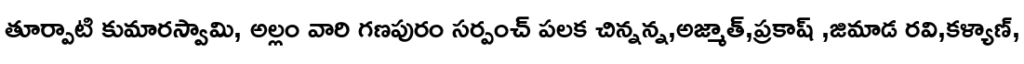
తూర్పాటి కుమారస్వామి, అల్లం వారి గణపురం సర్పంచ్ పలక చిన్నన్న,అజ్మాత్,ప్రకాష్ ,జిమాడ రవి,కళ్యాణ్,